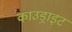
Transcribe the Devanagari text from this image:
काउड्राइट